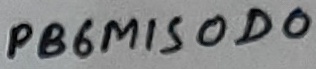
Text: PB6MISOD0